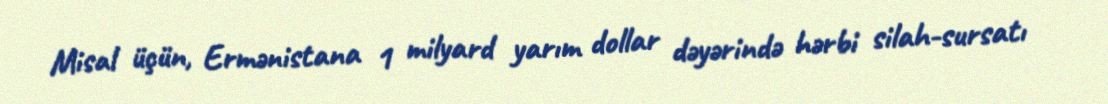
Misal üçün, Ermənistana 1 milyard yarım dollar dəyərində hərbi silah-sursatı